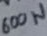
Text: 600W